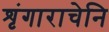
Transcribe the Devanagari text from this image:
शृंगाराचेनि